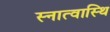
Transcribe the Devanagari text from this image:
स्नात्वास्थि